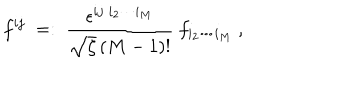
LaTeX: f ^ { i j } \; = : \; \frac { \epsilon ^ { i j \; i _ { 2 } \cdots i _ { M } } } { \sqrt { \zeta } \, ( M - 1 ) ! } \ f _ { i _ { 2 } \cdots i _ { M } } \ ,